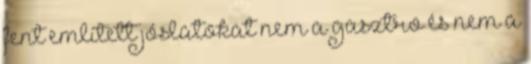
fent említett jóslatokat nem a gasztro és nem a